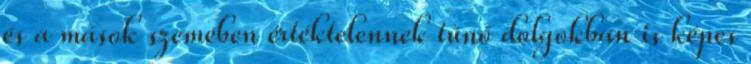
és a mások szemében értéktelennek tűnő dolgokban is képes